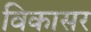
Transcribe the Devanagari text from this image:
विकासर